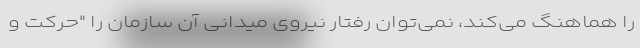
را هماهنگ می‌کند، نمی‌توان رفتار نیروی میدانی آن سازمان را "حرکت و